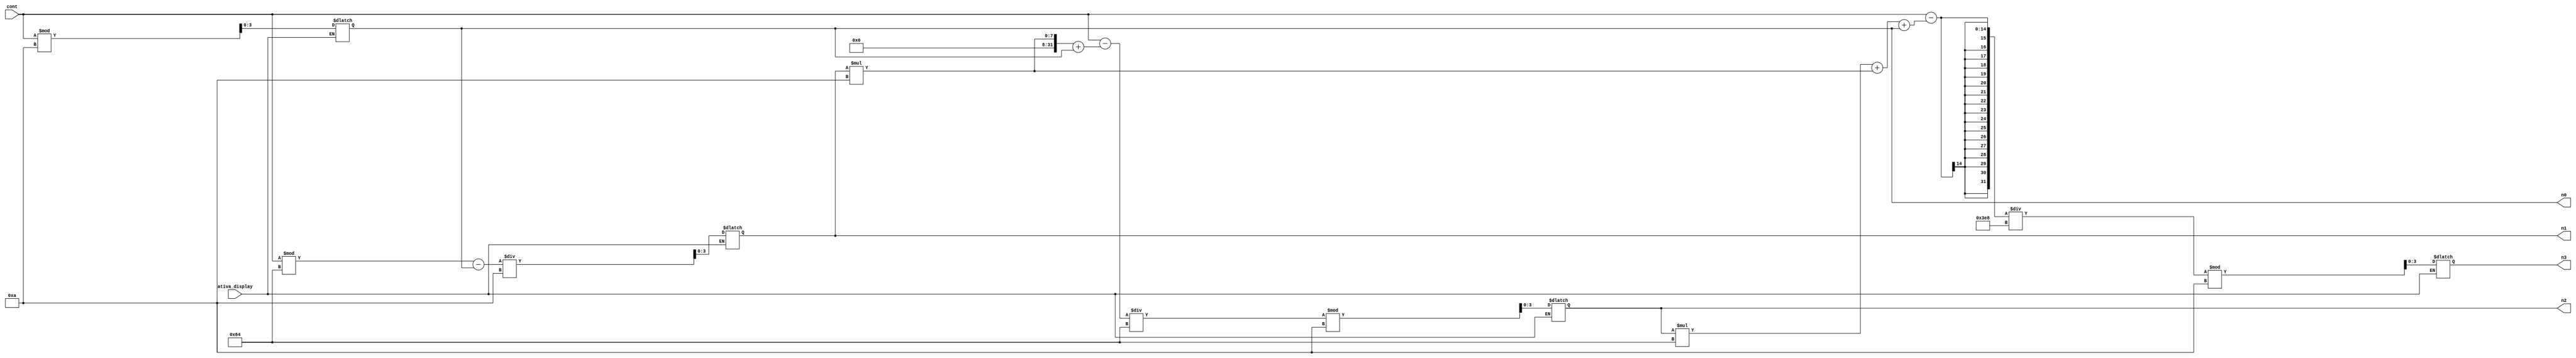
module contador(cont, n0, n1, n2, n3, ativa_display);
  input [13:0] cont;
  input ativa_display;
  output reg [3:0] n0, n1, n2, n3;
  always @ (cont) begin
    if(~ativa_display)begin
      n0 <= cont%10;
      n1 <= (cont%100 - n0)/10;
      n2 <= ((cont-(n1*10 + n0))/100)%10;
      n3 <= ((cont-(n2*100 + n1*10 + n0))/1000)%10;
    end
  end
endmodule